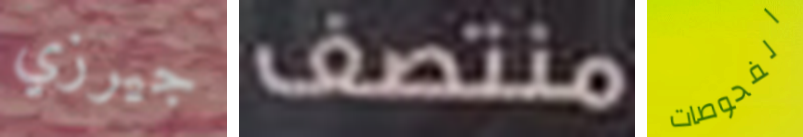
جيرزي منتصف الفحوصات